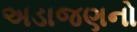
અડાજણનો